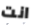
انت